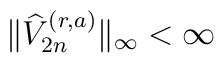
\|\widehat{V}_{2n}^{(r,a)}\|_{\infty}<\infty